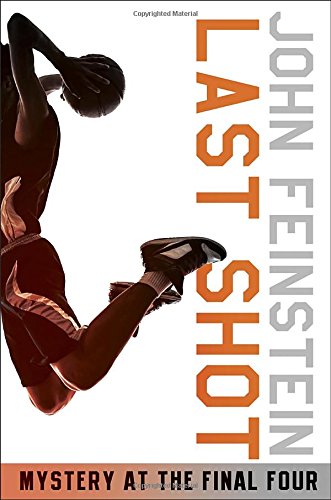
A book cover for Last Shot: Mystery at the Final Four (The Sports Beat, 1); John Feinstein; Children's Books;